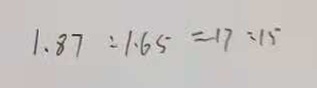
1 . 8 7 : 1 . 6 5 = 1 7 : 1 5